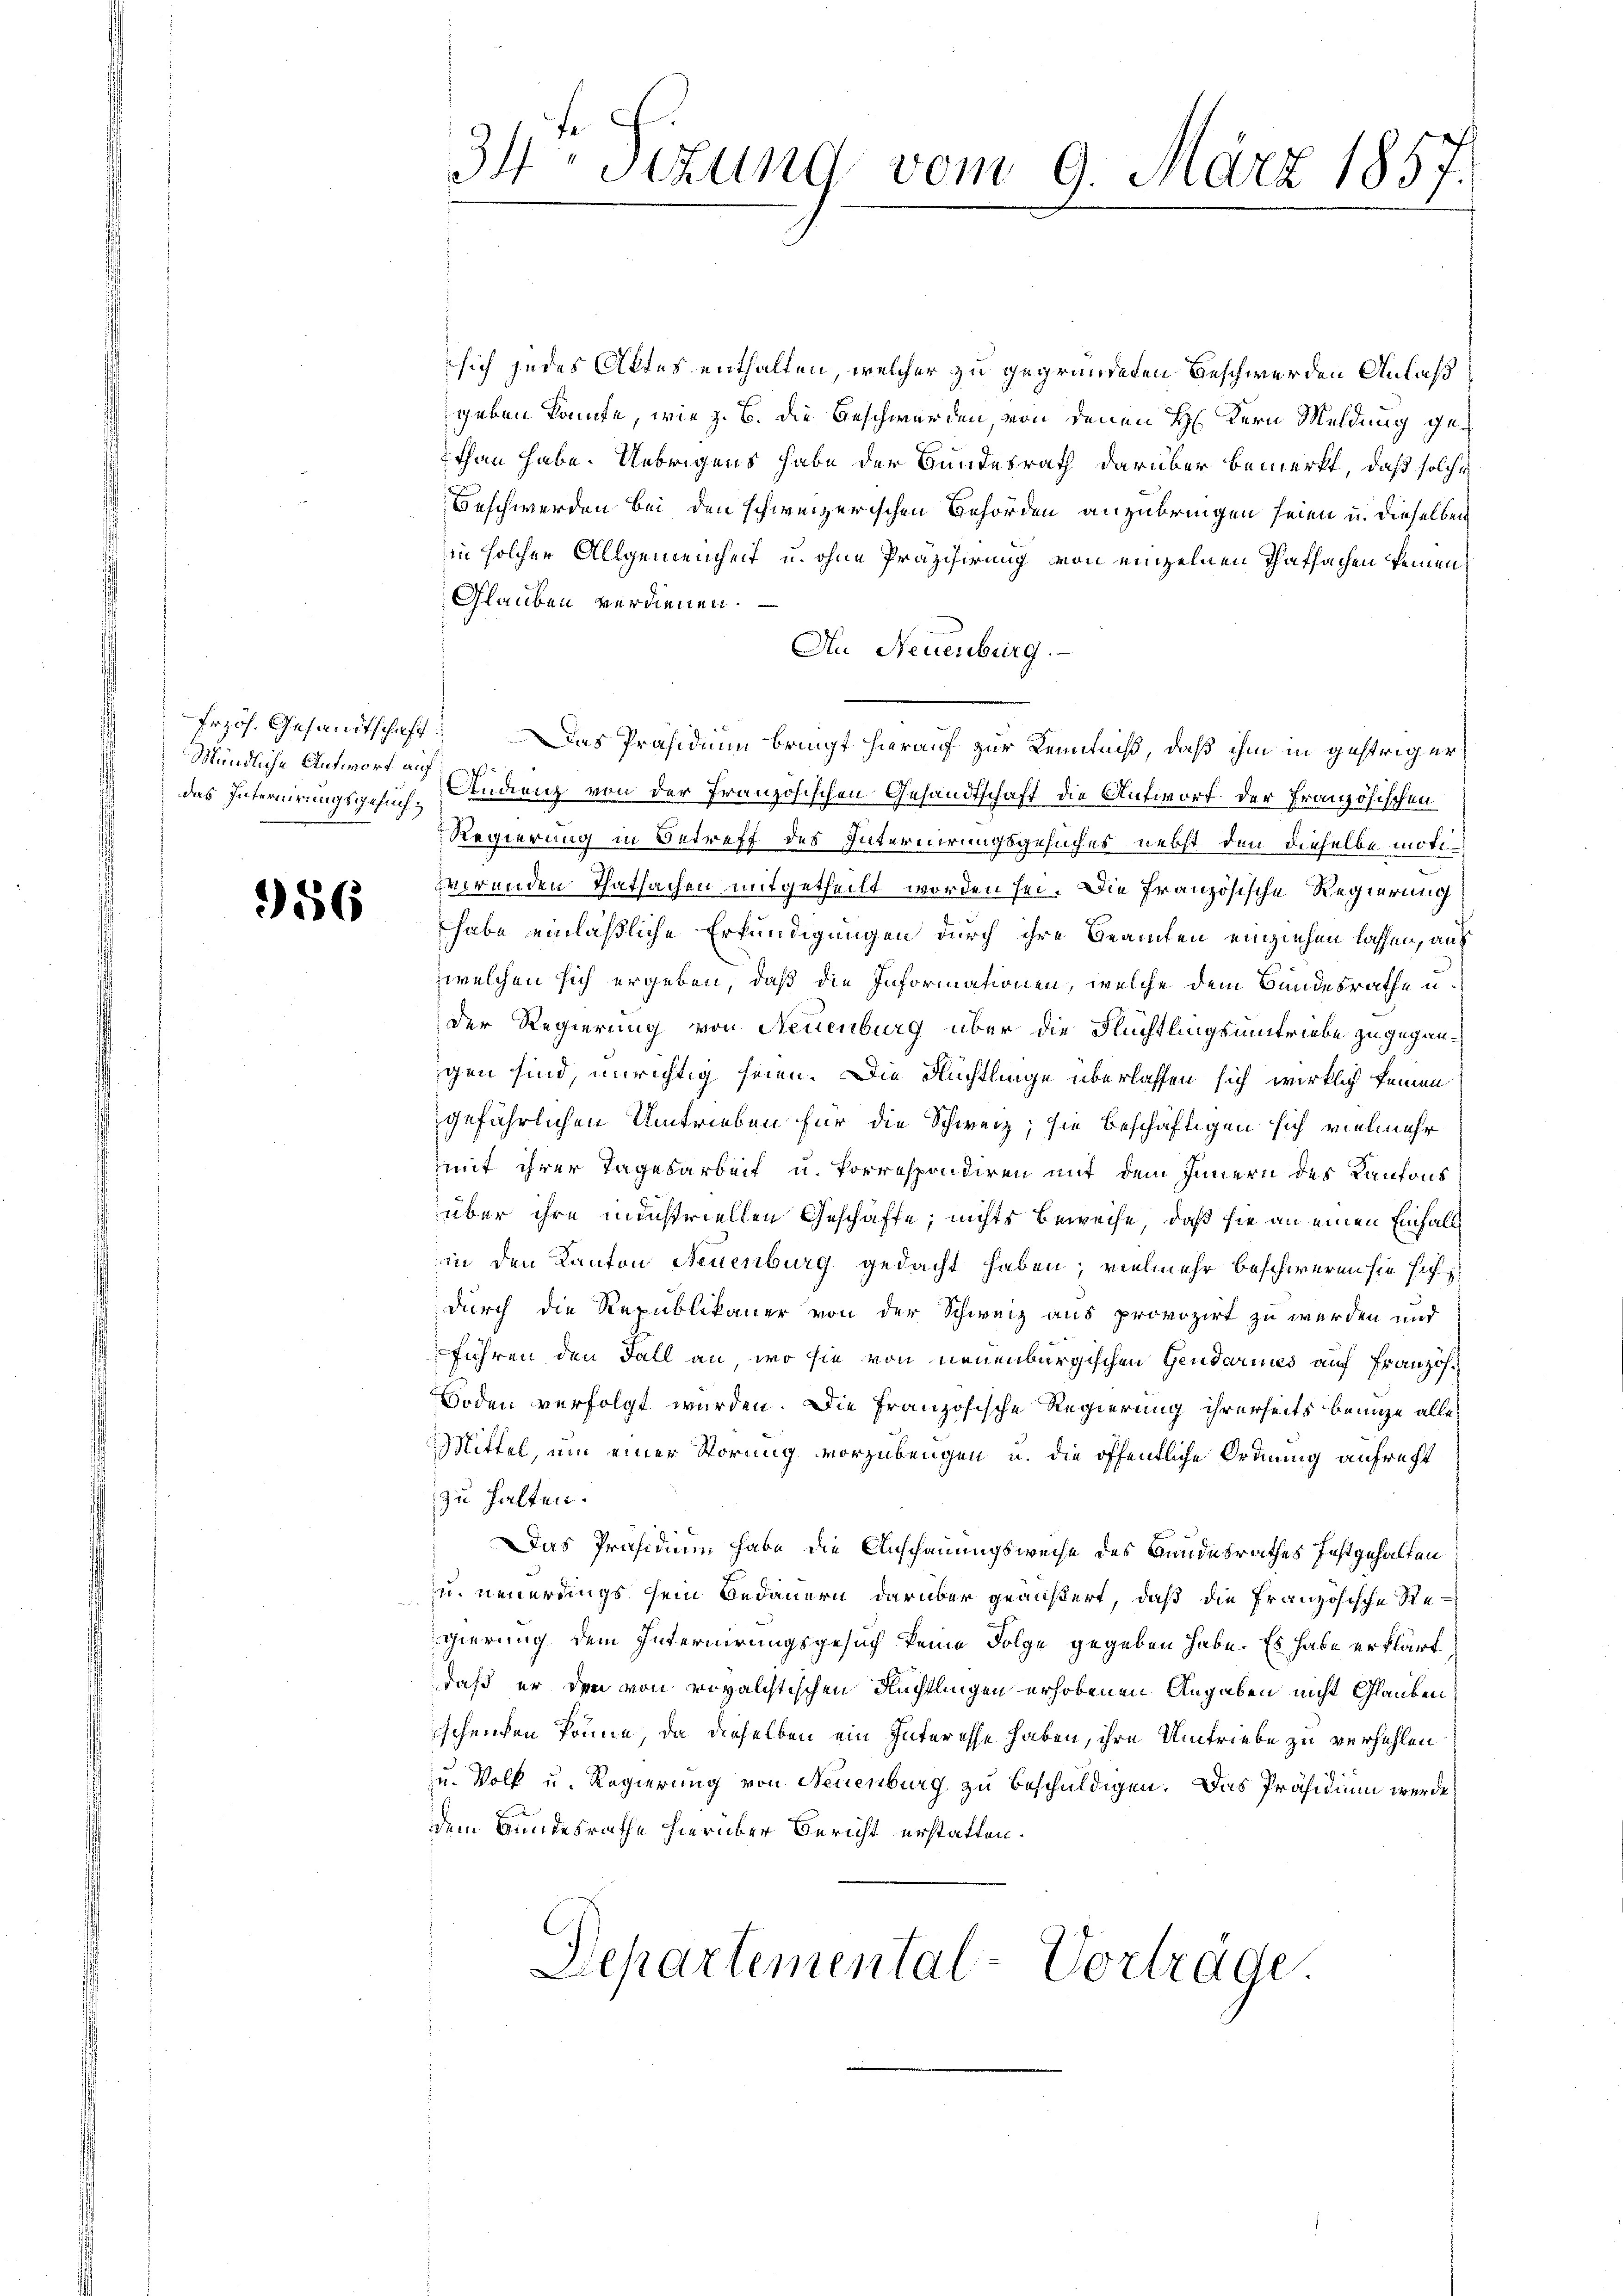
frzös. Gesandtschaft
Mündliche Antwort auf

356

34 sizung vom 9. März 1857.

sich jedes Aktes enthalten, welcher zu gegründeten Beschwerden Anlaß
geben konnte, wie z. B. die Geschwerden, von denen H. Kern Meldung gethan habe. Uebrigens habe der Bundesrath darüber bemerkt, daß solches
Beschwerden bei den schweizerischen Behörden anzubringen seien u. dieselben
in solcher Allgemeinheit u. ohne Präzisirung von einzelnen Thatsachen keinen
Glauben verdienen.
Au Neuenburg.
Das Präsidium bringt hierauf zur Kenntniß, daß ihm in gestriger
das Internirungsgesuch, Candienz von der Französischen Gesandtschaft die Antwort der Französischen
Regierung in Betreff des Internirungsgesuches nebst den dieselbe motizirenden Thatsachen mitgetheilt worden sei. Die französische Regierung
habe einläßliche Erkundigungen durch ihre Beamten einziehen lassen, auf
welchen sich ergeben, daß die Informationen, welche dem Bundesrathe u.
der Regierung von Neuenburg über die Flüchtlingsumtriebe zu gegangen sind, unrichtig seien. Die Flüchtlinge überlassen sich wirklich keinen
gefährlichen Umtrieben für die Schweiz, sie beschäftigen sich vielmehr
mit ihrer Tagesarbeit u. Porrespondiren mit dem Innern des Kantons
über ihre minstriellen Geschäfte, nichts beweise, daß sie an einen Einfalls
in den Kanton Neuenburg gedacht haben; vielmehr beschweren sie sich
durch die Republikaner von der Schweiz aus provozirt zu werden und
führen den Fall an, wo sie von neuenburgischen Gendarmes auf Französ.
Boden verfolgt wurden. Die Französische Regierung ihrerseits benuze alle
Mittel, um einer Störung vorzubeugen u. die öffentliche Ordnung aufrecht
zu halten.
Das Präsidium habe die Anschauungsweise des Bundesrathes festgehalten
u. neuerdings sein Bedauern darüber geäußert, daß die Französische Regierung dem Internirungsgesuch keine Folge gegeben habe. Es habe erklärt,
daß er den von royalchtischen Nüchtlingen erhobenen Angaben nicht Glauben
schenken könne, da dieselben ein Interesse haben, ihre Umtriebe zu verhehlen
u. Volk u. Regierung von Neuenburg zu beschuldigen. Das Präsidium werde
ddem Bundesrathe hierüber Bericht erstatten.
Departemental-Vorträge